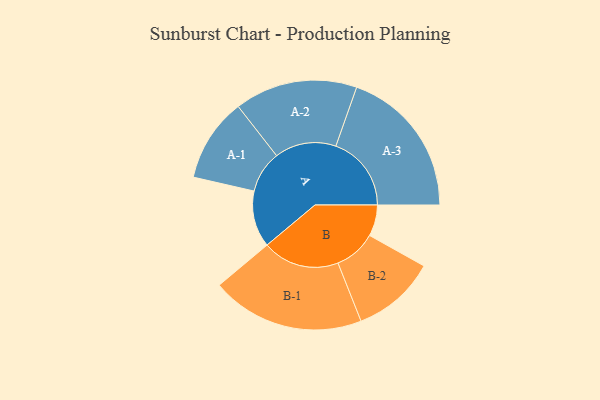
{"axis": {"x": "Segment", "y": "Value"}, "legend": ["", "A", "B"], "data": [{"x": "A", "y": 217, "type": ""}, {"x": "B", "y": 120, "type": ""}, {"x": "A-1", "y": 161, "type": "A"}, {"x": "A-2", "y": 236, "type": "A"}, {"x": "A-3", "y": 290, "type": "A"}, {"x": "B-1", "y": 295, "type": "B"}, {"x": "B-2", "y": 161, "type": "B"}]}